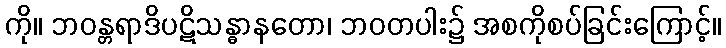
ကို။ ဘဝန္တရာဒိပဋိသန္ဓာနတော၊ ဘဝတပါး၌ အစကိုစပ်ခြင်းကြောင့်။